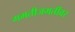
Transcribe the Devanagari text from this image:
गमतीजमतींवर